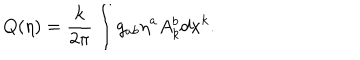
LaTeX: Q ( \eta ) = { \frac { k } { 2 \pi } } \int g _ { a b } \eta ^ { a } A _ { k } ^ { b } d x ^ { k } .